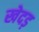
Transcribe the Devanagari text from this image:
खेदड़